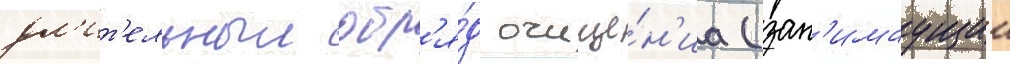
дл'ит'ельныи обр'я́д очище́н'иа (зан'имаущии